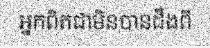
អ្នកពិតជាមិនបានដឹងពី